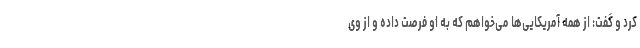
کرد و گفت: از همه آمریکایی‌ها می‌خواهم که به او فرصت داده و از وی